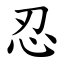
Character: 忍